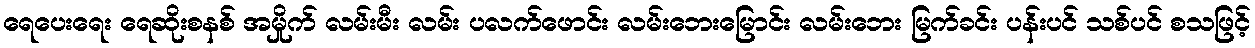
ရေပေးရေး ရေဆိုးစနစ် အမှိုက် လမ်းမီး လမ်း ပလက်ဖောင်း လမ်းဘေးမြောင်း လမ်းဘေး မြက်ခင်း ပန်းပင် သစ်ပင် စသဖြင့်